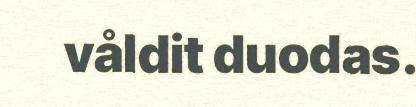
våldit duodas.